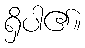
ရှိပါ၏။